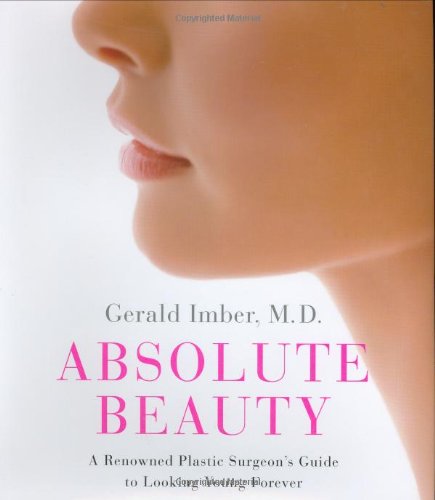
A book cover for Absolute Beauty: A Renowned Plastic Surgeon's Guide to Looking Young Forever; Gerald Imber; Health, Fitness & Dieting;